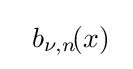
~~b_{\nu ,n}\!(x)\